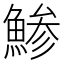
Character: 鯵